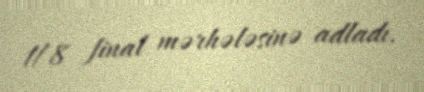
1/8 final mərhələsinə adladı.